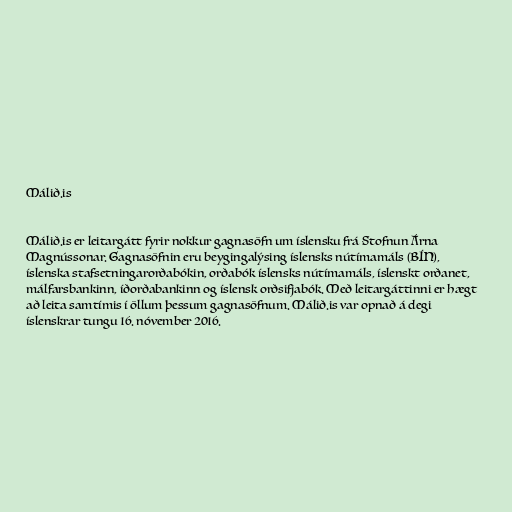
Málið.is

Málið.is er leitargátt fyrir nokkur gagnasöfn um íslensku frá Stofnun Árna
Magnússonar. Gagnasöfnin eru beygingalýsing íslensks nútímamáls (BÍN),
íslenska stafsetningarorðabókin, orðabók íslensks nútímamáls, íslenskt orðanet,
málfarsbankinn, íðorðabankinn og íslensk orðsifjabók. Með leitargáttinni er hægt
að leita samtímis í öllum þessum gagnasöfnum. Málið.is var opnað á degi
íslenskrar tungu 16. nóvember 2016.